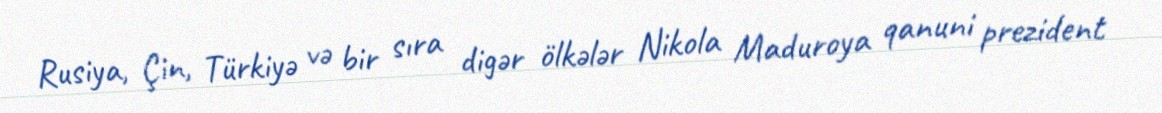
Rusiya, Çin, Türkiyə və bir sıra digər ölkələr Nikola Maduroya qanuni prezident